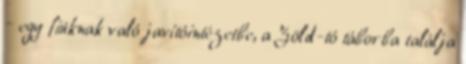
– egy fiúknak való javítóintézetbe, a Zöld-tó táborba találja